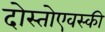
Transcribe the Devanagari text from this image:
दोस्तोएवस्की